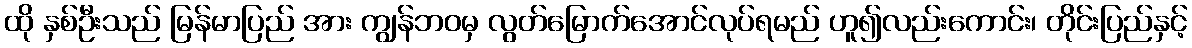
ထို နှစ်ဦးသည် မြန်မာပြည် အား ကျွန်ဘဝမှ လွတ်မြောက်အောင်လုပ်ရမည် ဟူ၍လည်းကောင်း၊ တိုင်းပြည်နှင့်